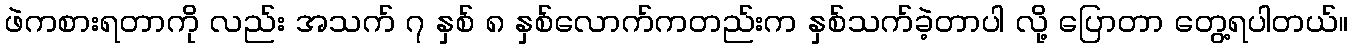
ဖဲကစားရတာကို လည်း အသက် ၇ နှစ် ၈ နှစ်လောက်ကတည်းက နှစ်သက်ခဲ့တာပါ လို့ ပြောတာ တွေ့ရပါတယ်။